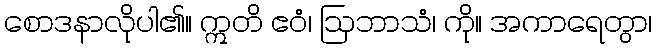
စောဒနာလိုပါ၏။ ဣတိ ဧဝံ၊ ဩဘာသံ၊ ကို။ အကာရေတွာ၊